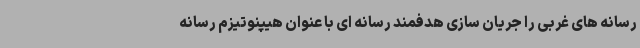
رسانه های غربی را جریان سازی هدفمند رسانه ای با عنوان هیپنوتیزم رسانه